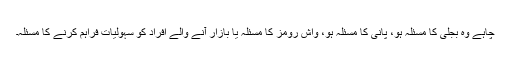
چاہے وہ بجلی کا مسئلہ ہو، پانی کا مسئلہ ہو، واش رومز کا مسئلہ یا بازار آنے والے افراد کو سہولیات فراہم کرنے کا مسئلہ۔